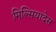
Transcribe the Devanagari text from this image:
मिल्सियादेस